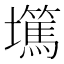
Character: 𡓞